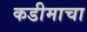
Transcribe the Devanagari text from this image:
कडीमाचा